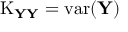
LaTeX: \operatorname { K } _ { \mathbf { Y Y } } = \operatorname { v a r } ( \mathbf { Y } )